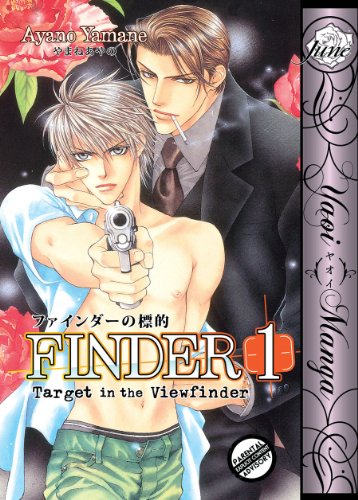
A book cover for Finder Volume 1: Target in the View Finder (Yaoi); Ayano Yamane; Comics & Graphic Novels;